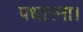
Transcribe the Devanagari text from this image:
पधारना।